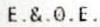
E.&.0.E.